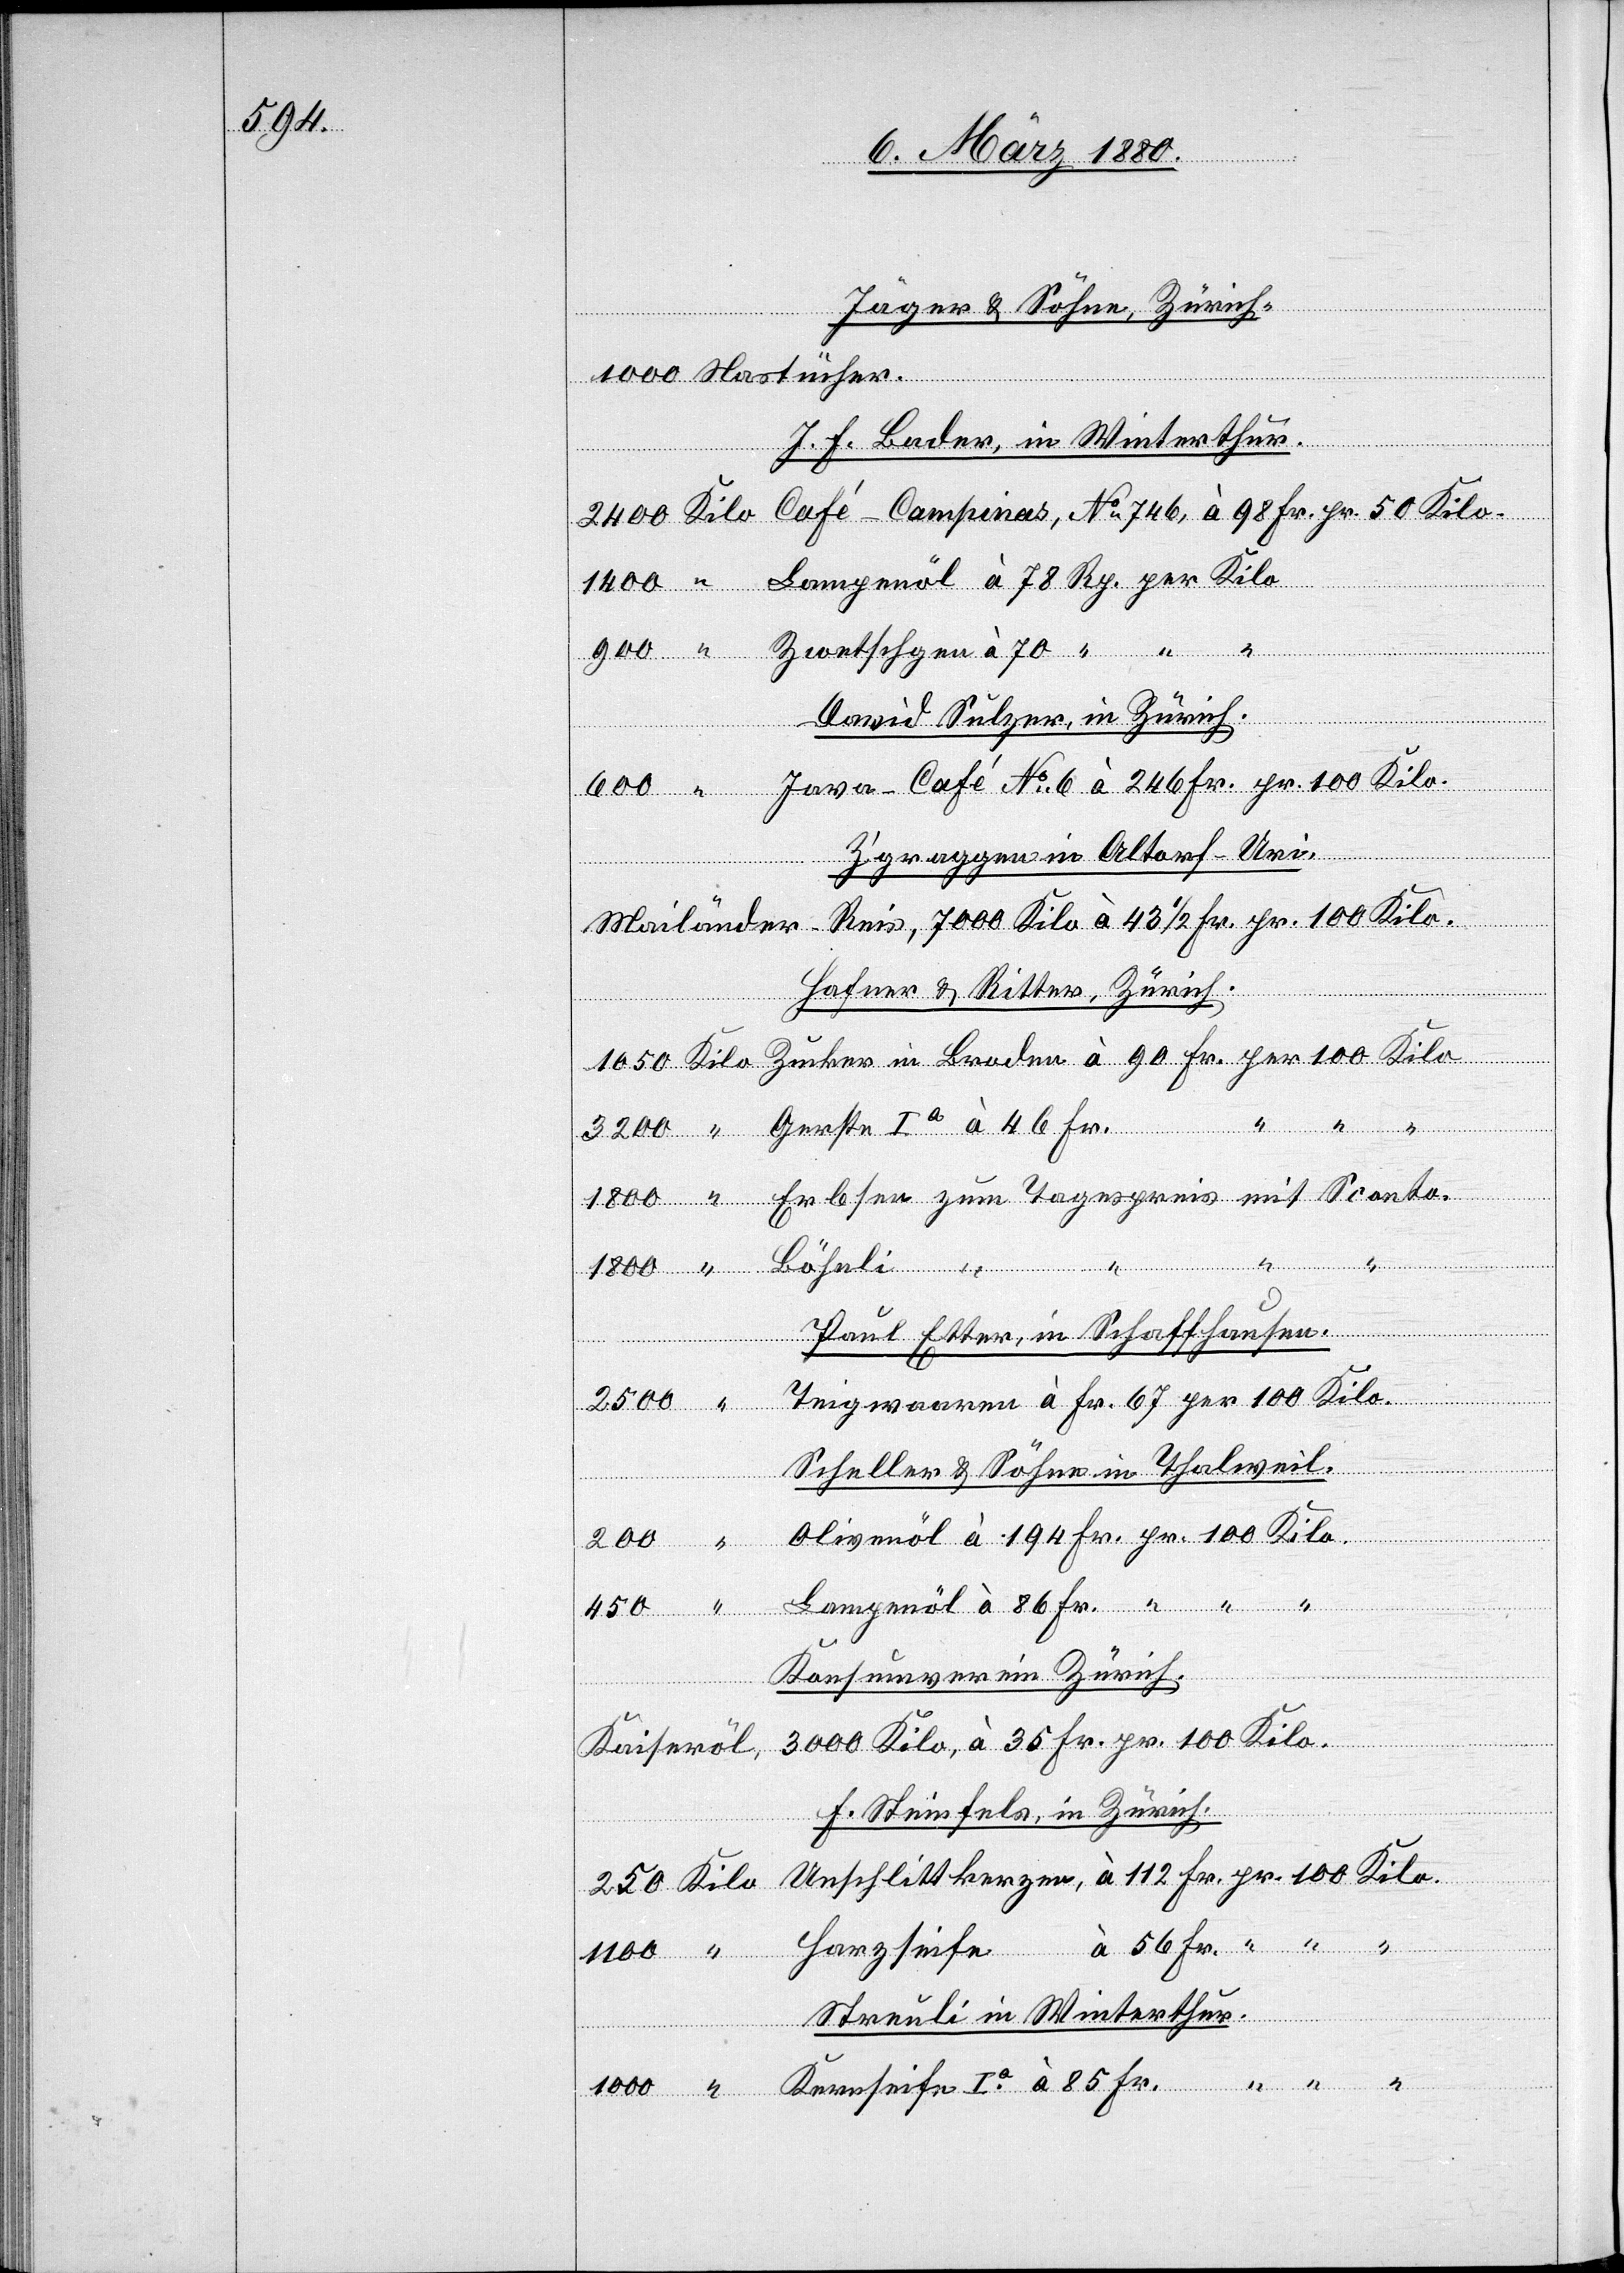
Jäger & Söhne, Zürich.
J. F. Bader, in Winterthur.
David Sulzer, in Zürich.
eife
Z’graggen in Altorf-Uri.
Mailänder-Reis, 7000 Kilo à 43 1/2 Fr. pr. 100 Kilo.
Kilo
Hafner & Rotter, Zürich.
Erbsen zum Tagespreis mit Sconto.
Fr.
nschlittkerzen,
Paul Etter, in Schaffhausen.
Teigwaaren à Fr. 67 per 100 Kilo
Scheller & Söhne in Thalweil.
85
1000
“
Konsumverein Zürich.
3000 Kilo, à 35 Fr. pr. 100 Kilo.
Kaiseröl,
F. Steinfels, in Zürich.
3200
Streuli in Winterthur.